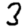
Digit: 3